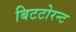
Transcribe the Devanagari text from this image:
बिटटोरन्ट